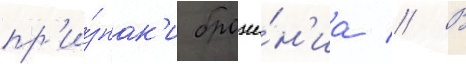
пр'и́знак'и броже́н'иа // В